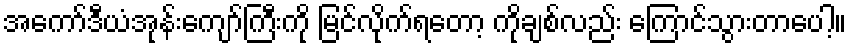
အကော်ဒီယံအုန်းကျော်ကြီးကို မြင်လိုက်ရတော့ ကိုချစ်လည်း ကြောင်သွားတာပေါ့။